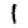
Digit: 1